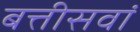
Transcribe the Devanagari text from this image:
बत्तीसवां